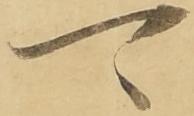
可